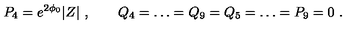
P _ { 4 } = e ^ { 2 \phi _ { 0 } } | Z | \ , \qquad Q _ { 4 } = \dots = Q _ { 9 } = Q _ { 5 } = \dots = P _ { 9 } = 0 \ .